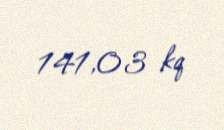
141,03 kq